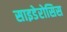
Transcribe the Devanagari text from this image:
साइडेरोसिस